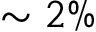
\sim 2 \%